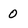
Character: O